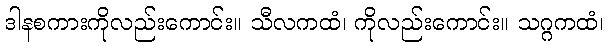
ဒါနစကားကိုလည်းကောင်း။ သီလကထံ၊ ကိုလည်းကောင်း။ သဂ္ဂကထံ၊